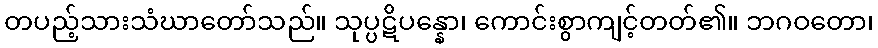
တပည့်သားသံဃာတော်သည်။ သုပ္ပဋိပန္နော၊ ကောင်းစွာကျင့်တတ်၏။ ဘဂဝတော၊